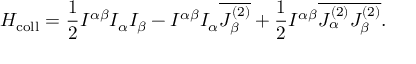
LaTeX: { { \cal H } } _ { \mathrm { c o l l } } = \frac { 1 } { 2 } { \cal I } ^ { \alpha \beta } I _ { \alpha } I _ { \beta } - { \cal I } ^ { \alpha \beta } I _ { \alpha } \overline { { { J _ { \beta } ^ { ( 2 ) } } } } + \frac { 1 } { 2 } { \cal I } ^ { \alpha \beta } \overline { { { J _ { \alpha } ^ { ( 2 ) } J _ { \beta } ^ { ( 2 ) } } } } .